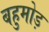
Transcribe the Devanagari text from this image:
बहुमोड़